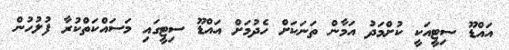
އައްޑޫ ސިޓީއަކީ ކުށްމަދު އަމާން ތަނަކަށް ހެދުމަށް އައްޑޫ ސިޓީގައި މަސައްކަތްކުރާ ފުލުހުން